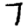
Digit: 7